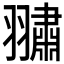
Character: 𮋕